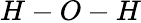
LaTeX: H-O-H